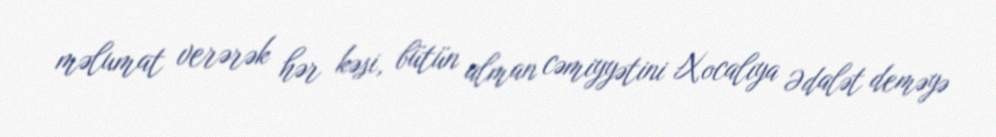
məlumat verərək hər kəsi, bütün alman cəmiyyətini Xocalıya Ədalət deməyə